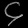
Digit: ၄